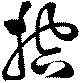
控